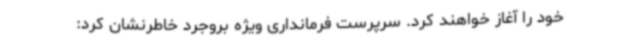
خود را آغاز خواهند کرد. سرپرست فرمانداری ویژه بروجرد خاطرنشان کرد: